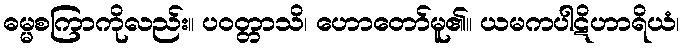
ဓမ္မစကြာကိုလည်း။ ပဝတ္တာသိ၊ ဟောတော်မူ၏။ ယမကပါဋိဟာရိယံ၊